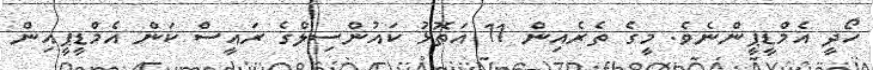
ހޯދީ އެމްޑީޕީންނެވެ. މީގެ ތެރެއިން 11 އަތޮޅު ކައުންސިލްގެ ރައީސް ކަން އެމްޑީޕީއިން